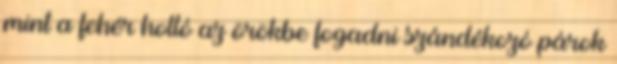
mint a fehér holló az örökbe fogadni szándékozó párok